Civil Veterinary Department Bihar & Orissa reports 1911-21 - 1911-1921
Year: 1911
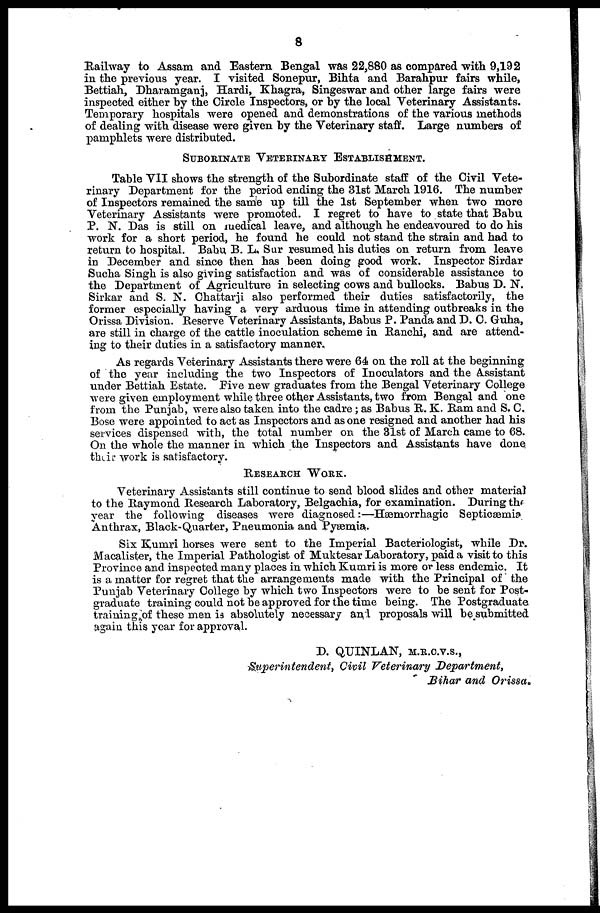
8
Railway to Assam and Eastern Bengal was 22,880 as compared with 9,192
in the previous year. I visited Sonepur, Bihta and Barahpur fairs while,
Bettiah, Dharamganj, Hardi, Khagra, Singeswar and other large fairs were
inspected either by the Circle Inspectors, or by the local Veterinary Assistants.
Temporary hospitals were opened and demonstrations of the various methods
of dealing with disease were given by the Veterinary staff. Large numbers of
pamphlets were distributed.
SUBORINATE VETERINARY ESTABLISHMENT.
Table VII shows the strength of the Subordinate staff of the Civil Vete-
rinary Department for the period ending the 31st March 1916. The number
of Inspectors remained the same up till the 1st September when two more
Veterinary Assistants were promoted. I regret to have to state that Babu
P. N. Das is still on medical leave, and although he endeavoured to do his
work for a short period, he found he could not stand the strain and had to
return to hospital. Babu B. L. Sur resumed his duties on return from leave
in December and since then has been doing good work. Inspector Sirdar
Sucha Singh is also giving satisfaction and was of considerable assistance to
the Department of Agriculture in selecting cows and bullocks. Babus D. N.
Sirkar and S. N. Chattarji also performed their duties satisfactorily, the
former especially having a very arduous time in attending outbreaks in the
Orissa Division. Reserve Veterinary Assistants, Babus P. Panda and D. C. Guha,
are still in charge of the cattle inoculation scheme in Ranchi, and are attend-
ing to their duties in a satisfactory manner.
As regards Veterinary Assistants there were 64 on the roll at the beginning
of the year including the two Inspectors of Inoculators and the Assistant
under Bettiah Estate. Five new graduates from the Bengal Veterinary College
were given employment while three other Assistants, two from Bengal and one
from the Punjab, were also taken into the cadre ; as Babus R. K. Ram and S. C.
Bose were appointed to act as Inspectors and as one resigned and another had his
services dispensed with, the total number on the 31st of March came to 68.
On the whole the manner in which the Inspectors and Assistants have done
their work is satisfactory.
RESEARCH
WORK.
Veterinary Assistants still continue to send blood slides and other material
to the Raymond Research Laboratory, Belgachia, for examination. During the
year the following diseases were diagnosed:—Hæmorrhagic Septicæmia
Anthrax, Black-Quarter, Pneumonia and Pyæmia.
Six Kumri horses were sent to the Imperial Bacteriologist, while Dr.
Macalister, the Imperial Pathologist of Muktesar Laboratory, paid a visit to this
Province and inspected many places in which Kumri is more or less endemic. It
is a matter for regret that the arrangements made with the Principal of the
Punjab Veterinary College by which two Inspectors were to be sent for Post-
graduate training could not be approved for the time being. The Postgraduate
training of these men is absolutely necessary and proposals will be submitted
again this year for approval.
D. QUINLAN, M.R.C.V.S.,
Superintendent,
Civil Veterinary
Department,
Bihar and Orissa.